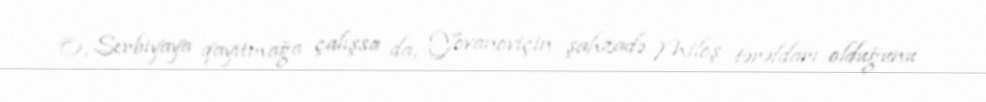
O, Serbiyaya qayıtmağa çalışsa da, Yovanoviçin şahzadə Miloş tərəfdarı olduğunu